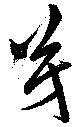
芳